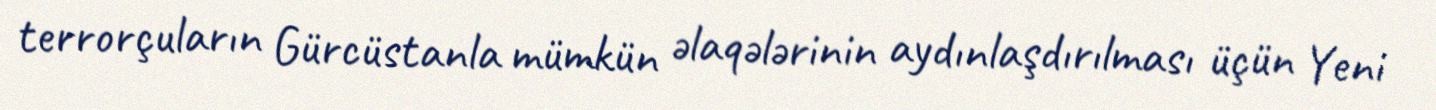
terrorçuların Gürcüstanla mümkün əlaqələrinin aydınlaşdırılması üçün Yeni